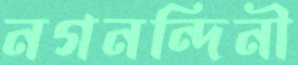
নগনন্দিনী